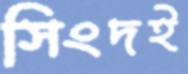
সিংদই